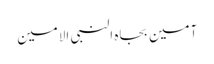
آمین بجاہ النبی الامین